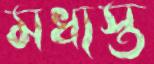
মধ্যস্ত